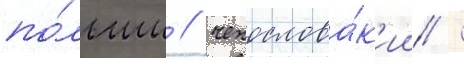
по́льши / чехослова́к'ии /